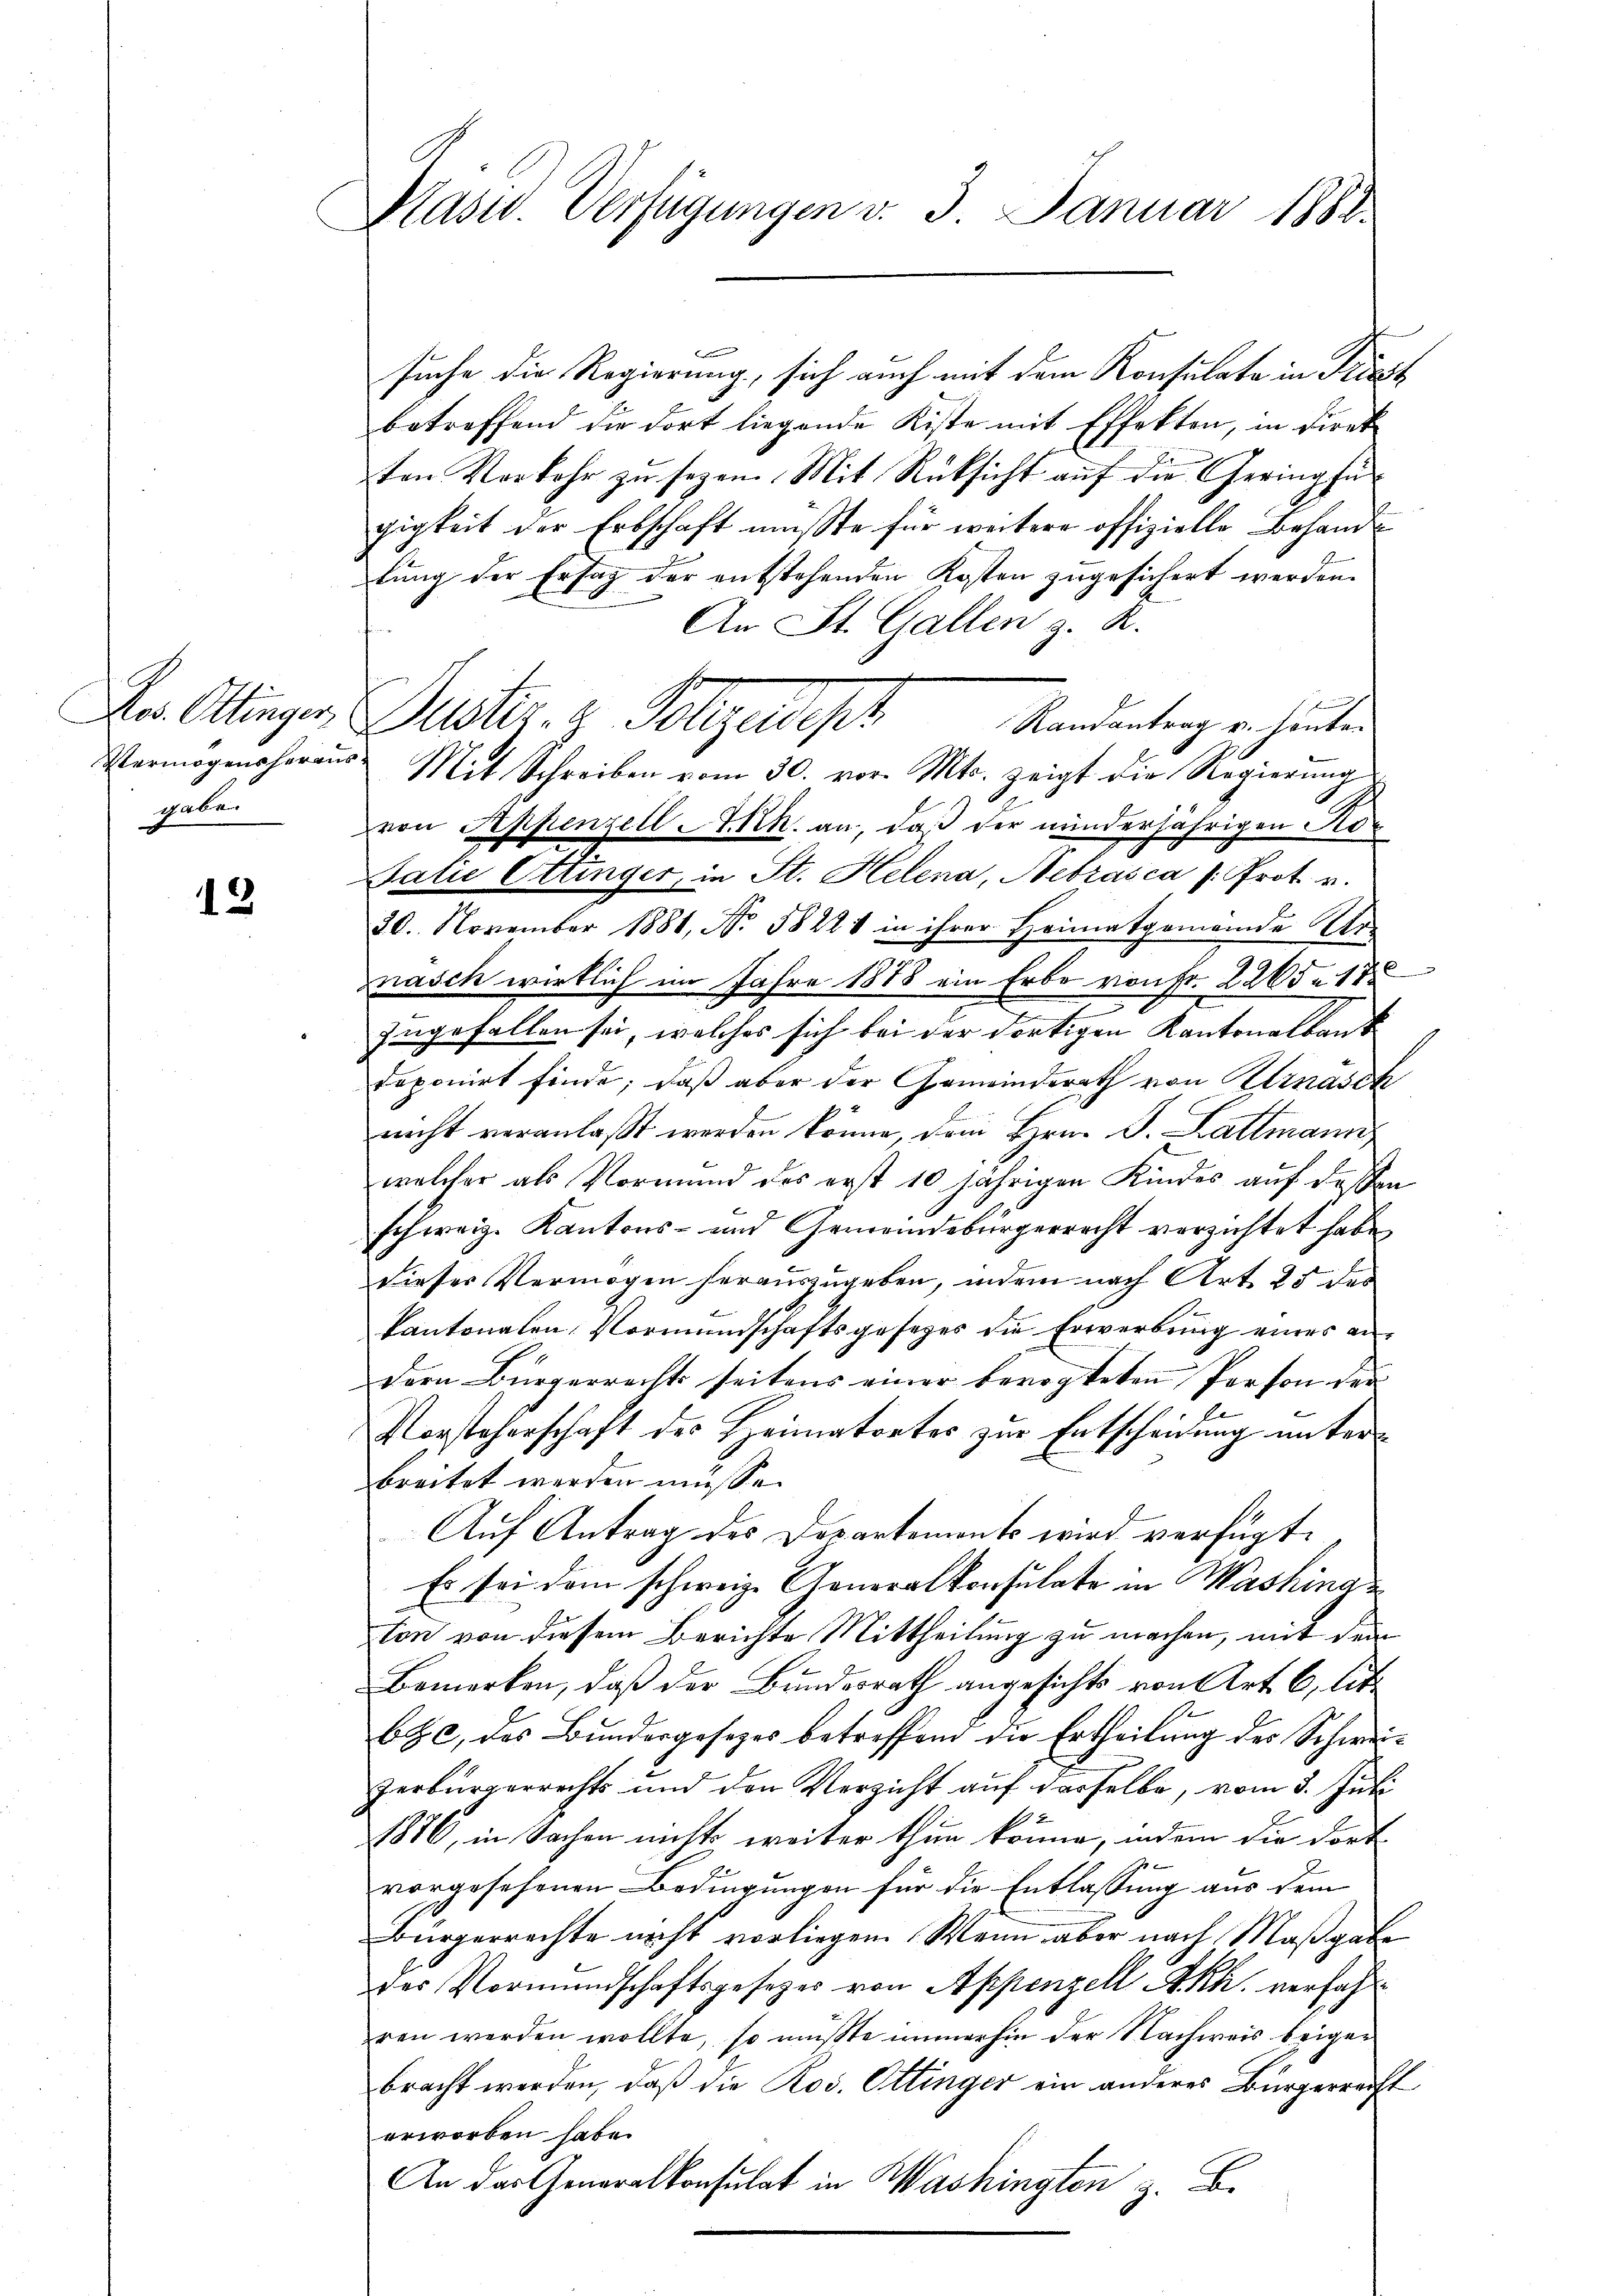
Jos. Ottinger
Vermögensherausgaben

12

Präsid. Verfügungen v. 3. Januar 1888.

r
suche die Regierung, sich auch mit dem Konsulate in Priest
betreffend die dort liegende Kiste mit Effekten, in direk
ten Vorkehr zu seyen. Mit Rücksicht auf die Geringfürgigkeit der Erbschaft mußte für weitere offizielle Behandlung der Erstag der entstehenden Kosten zugesichert werden.
An St. Gallen z. R.
Duster. z. Wolgastfer
Randantrag u. sonte.
Mit Schreiben vom 30. vor. Mts. zeigt die Regierungsvon Appenzell A.Rh. an, daß der minderjährigen Ko¬
Talić Ettinger, in St. Helena, Hebrasca /: Prot. v.
20. November 1881, No. 58221 in ihrer Heimatgemeinde Ur-
masch wirklich im Jahre 1888 ein Erbe von Fr. 2265 n 17
2
zngefallen sei, welches sich bei der dortigen Kantonalbank
deponirt finde; daß aber der Gemeinderath von Klinasch
nicht veranlaßt werden könne, dem Hrn. J. Lattmann
welcher als Vormund des erst 10 jährigen Kindes auf deßen
schweiz. Kantons- und Gemeindebürgerrecht verzichtet habe,
dieses Vermögen herauszugeben, indem nach Art. 25 des
kantonalen, Vormundschaftsgesages die Erwerbung eines andern Bürgerrechts seitens einer bevogteten Person der
Vorsteherschaft der Heimatorter zur Entscheidung unter
breitet werden müsse.
Auf Antrag des Departement wird verfügt:
Es sei dem schweiz. Generalkonsulate in Mashina
ton von diesem Berichte Mittheilung zu machen, mit dem
Bemerken, daß der Bundesrath angesichts von Art. 6, lit.
bc, das Bundesgesetzes betreffend die Ertheilung des Schwei¬
Zerbürgerrechts und den Verzicht auf derselbe, vom 3. Juli
1886, in Sachen nichts weiter thun könne, indem die dort
vorgesehenen Bedingungen für die Entlassung aus dem
bürgerrechte nicht vorliegen. Wenn aber nach Maßgab
des Vormundschaftsgesezes von Appenzell A.Rh. verfahren werden wollte, so müßte immerhin der Nachweis beigebracht werden, daß die Ros. Ettinger ein anderes Bürgerrecht
erworben habe.
An das Generalkonsulat in Washingten z. B.